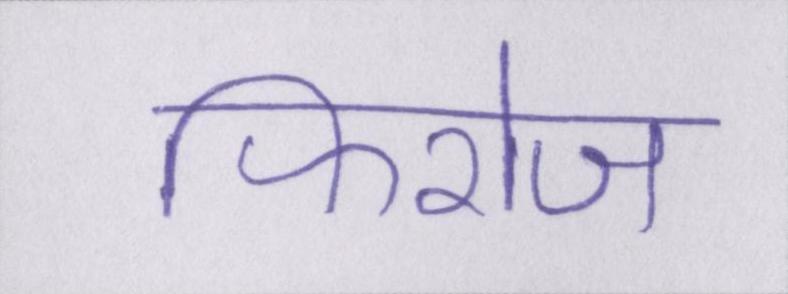
फिरोज